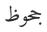
جحوظ